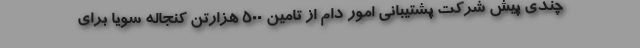
چندی پیش شرکت پشتیبانی امور دام از تامین ۵۰۰ هزارتن کنجاله سویا برای